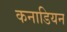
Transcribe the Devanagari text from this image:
कनाडियन